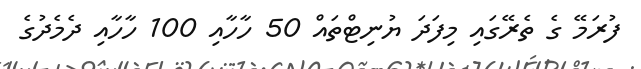
ފުރަމޭ ގެ ތެރޭގައި މިފަދަ ޔުނިޓްތައް 50 ހާހާއި 100 ހާހާއި ދެމެދުގެ